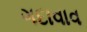
ગદાવાવ